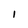
Character: 1